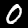
Label: 0